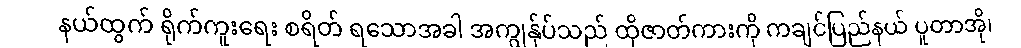
နယ်ထွက် ရိုက်ကူးရေး စရိတ် ရသောအခါ အကျွန်ုပ်သည် ထိုဇာတ်ကားကို ကချင်ပြည်နယ် ပူတာအို၊